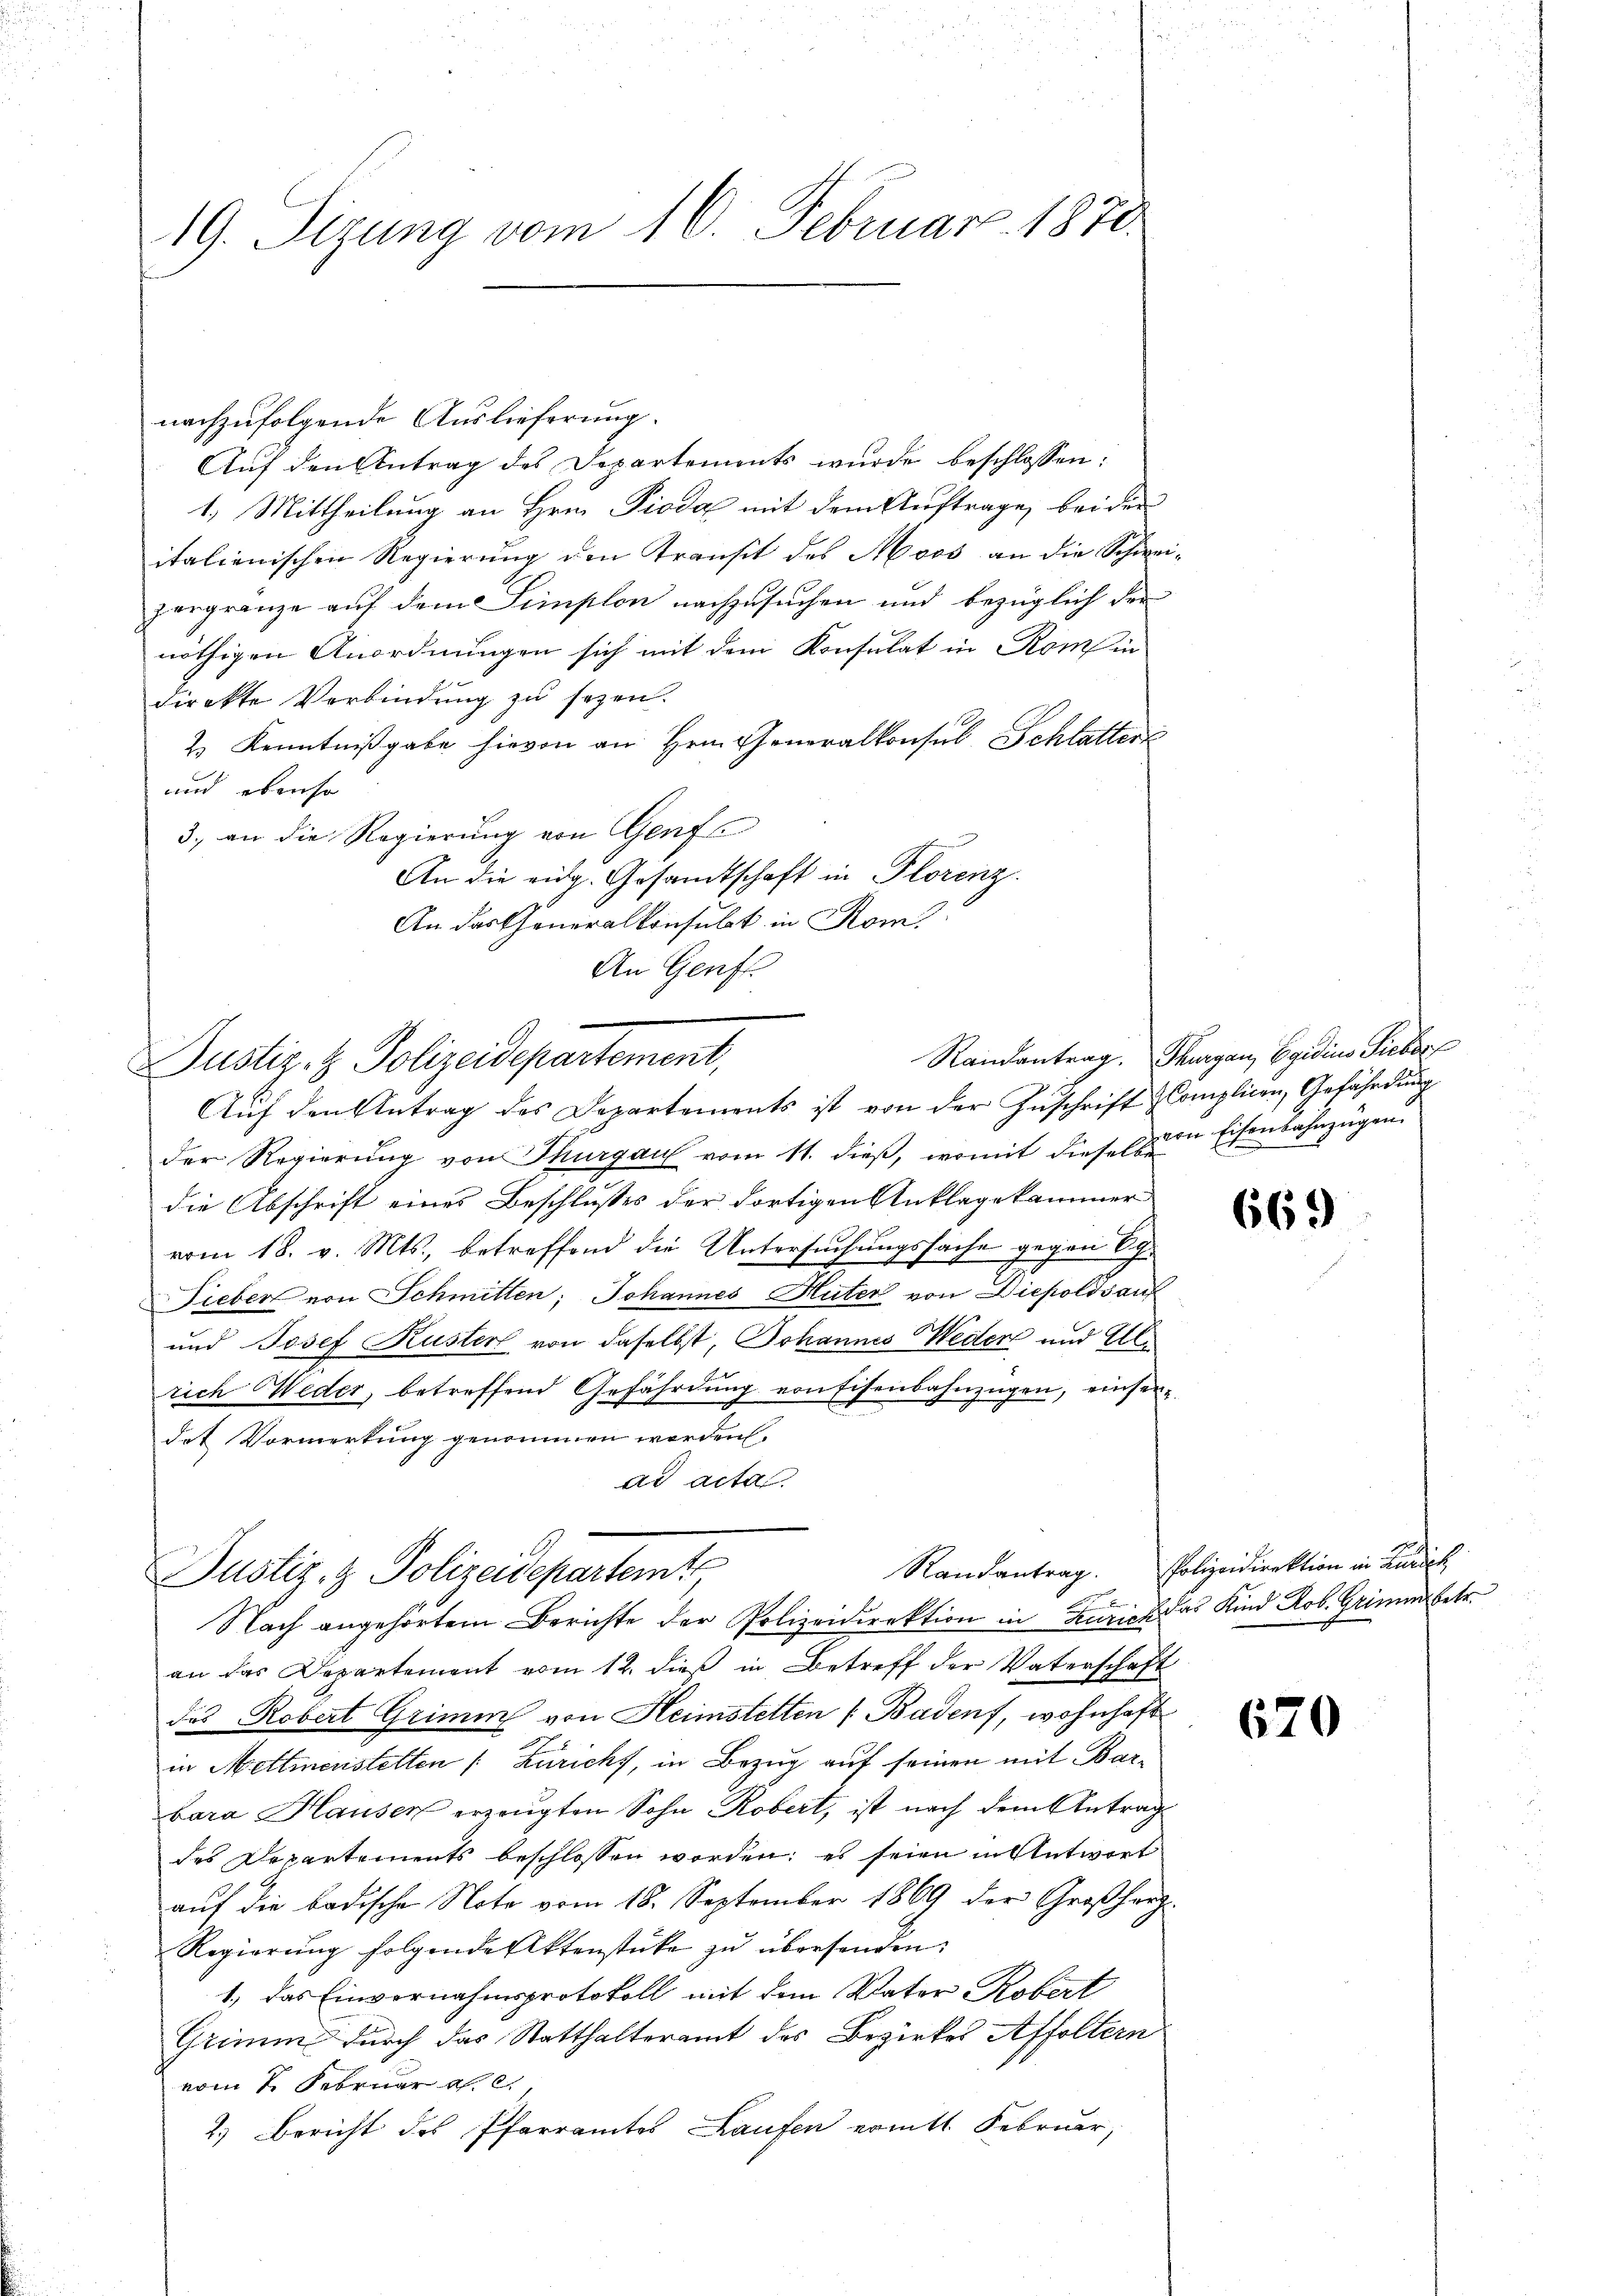
19. Sizung vom 16. Februar 1870

nachzufolgende Auslieferung.
Auf den Antrag des Departements wurde beschlossen:
1.) Mittheilung an Hrn. Pioda mit dem Auftrage, beider
italienischen Regierŭng den Transit des Moos an die Schwei
zergränze auf dem Simplon nachzusuchen und bezüglich der
nöthigen Anordnungen sich mit dem Konsulat in Rom in
direkte Verbindung zu sezen.
2) Kenntnißgabe hievon an Hrn. Generalkonsul Schlattert
und ebenso
3., an die Regierung von Genf
An die eidg. Gesandtschaft in Florenz.
An das Generalkonsulat in Rom.
An Genf.
Aŭf den Antrag des Departements ist von der Zŭschrift Complicen, Gefährdung
der Regierung von Thurgau vom 11. dieß, womit dieses an Eisenbahnzügen
die Abschrift eines Beschlusses der dortigen Anklagekammer
vom 18. v. Mts., betreffend die Untersuchungssache gegen 6 J.
Fieber von Schmitten; Johannes Huter von Diepolds auf
und Josef Kuster von daselbst, Johannes Weder und Elle
rich Weder, betreffend Gefährdung von Eisenbahnzügen, einserdat Vormerkung genommen werden.
ad acta
Justiz- & Polizeidepartemt
x
Nach angehörtem Berichte der Polizeidirektion in Kurich das Kind Rob. Grimms betr.
an das Departement vom 12. dieß in Betreff der Vaterschaft
das Robert Grimm von Heimstetten Badenf, wohnhaft
in Mettmenstelten [Züricht, in Bezug auf seinen mit Barbara Hausen erzeugten Sohn Robert, ist nach dem Antrag
des Departements beschlossen worden; es seien in Antwort
auf die badische Note vom 18. September 1869 der Großherz
Regierŭng folgende Aktenstücke zŭ überhanden.
1., das Einvernahmsprotokoll mit dem Vater Robert
Grimm durch das Statthalteramt des Bezirkes Affoltern
vom 1. Februar a. c.
2.) Bericht des Pfarramtes Laufen ermitt. Februar,

Justiz- & Polizeidepartement,

Randantrag. Thurgau, Egidius Sieber

e

669

Randantrag. Polizeidirektion in Kundigk

670